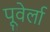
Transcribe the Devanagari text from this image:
पूवेर्ला